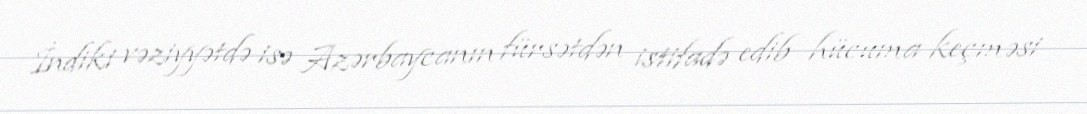
İndiki vəziyyətdə isə Azərbaycanın fürsətdən istifadə edib hücuma keçməsi